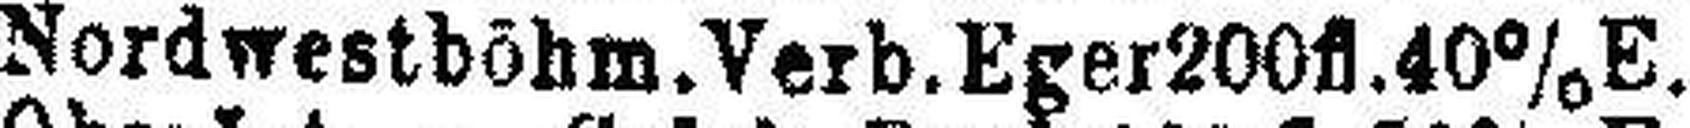
Nordwestböhm. Verb. Eger 200fl. 40% E.